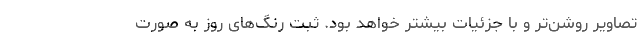
تصاویر روشن‌تر و با جزئیات بیشتر خواهد بود. ثبت رنگ‌های روز به صورت